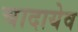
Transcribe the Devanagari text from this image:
चादायेव